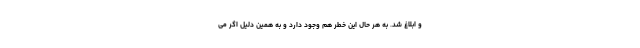
و ابلاغ شد. به هر حال این خطر هم وجود دارد و به همین دلیل اگر می‌